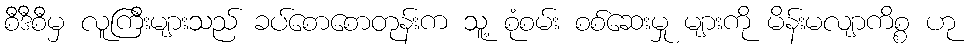
စီဒီစီမှ လူကြီးများသည် ခပ်စောစောတုန်းက သူ့ စုံစမ်း စစ်ဆေးမှု များကို မိန်းမလျာကိစ္စ ဟု